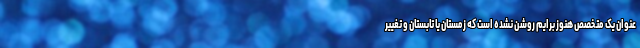
عنوان یک متخصص هنوز برایم روشن نشده است که زمستان یا تابستان و تغییر